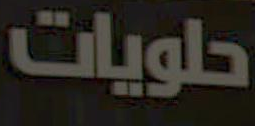
حلويات